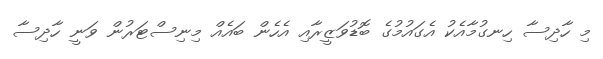
މި ހާދިސާ ހިނގުމާއެކު އެގައުމުގެ ބޮޑުވަޒީރާއި އެހެން ބައެއް މިނިސްޓަރުން ވަނީ ހާދިސާ